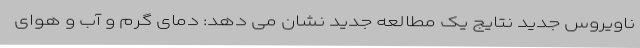
ناویروس جدید نتایج یک مطالعه جدید نشان می دهد: دمای گرم و آب و هوای